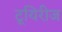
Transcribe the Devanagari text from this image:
टूयिरीज